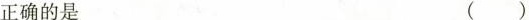
正确的是 ()